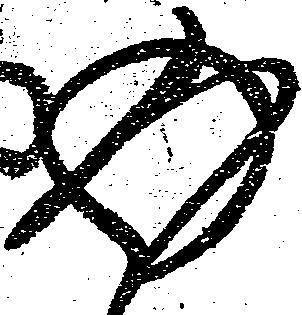
返